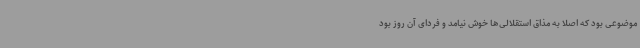
موضوعی بود که اصلا به مذاق استقلالی‌ها خوش نیامد و فردای آن روز بود